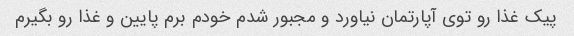
پیک غذا رو توی آپارتمان نیاورد و مجبور شدم خودم برم پایین و غذا رو بگیرم